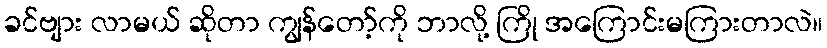
ခင်ဗျား လာမယ် ဆိုတာ ကျွန်တော့်ကို ဘာလို့ ကြို အကြောင်းမကြားတာလဲ။